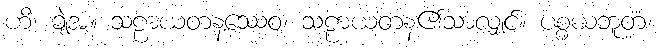
ဟိ၊ ချဲ့အံ့။ သဠာယတနဿေဝ၊ သဠာယတန၏သာလျှင်။ ပစ္စယဘူတံ၊